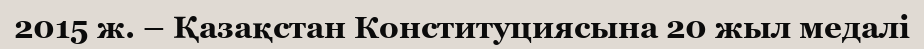
2015 ж. – Қазақстан Конституциясына 20 жыл медалі